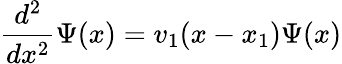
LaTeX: {\frac{d^{2}}{dx^{2}}}\Psi(x)=v_{1}(x-x_{1})\Psi(x)